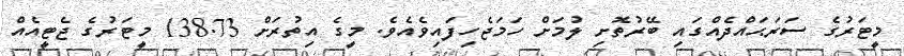
މީޓަރުގެ ސަރަޙައްދެއްގައި ބޭރުތޮށި ލުމަށް ހަމަޖެހިފައިވެއެވެ. މީގެ އިތުރަށް 138.73 މީޓަރުގެ ޖެޓީއެއް